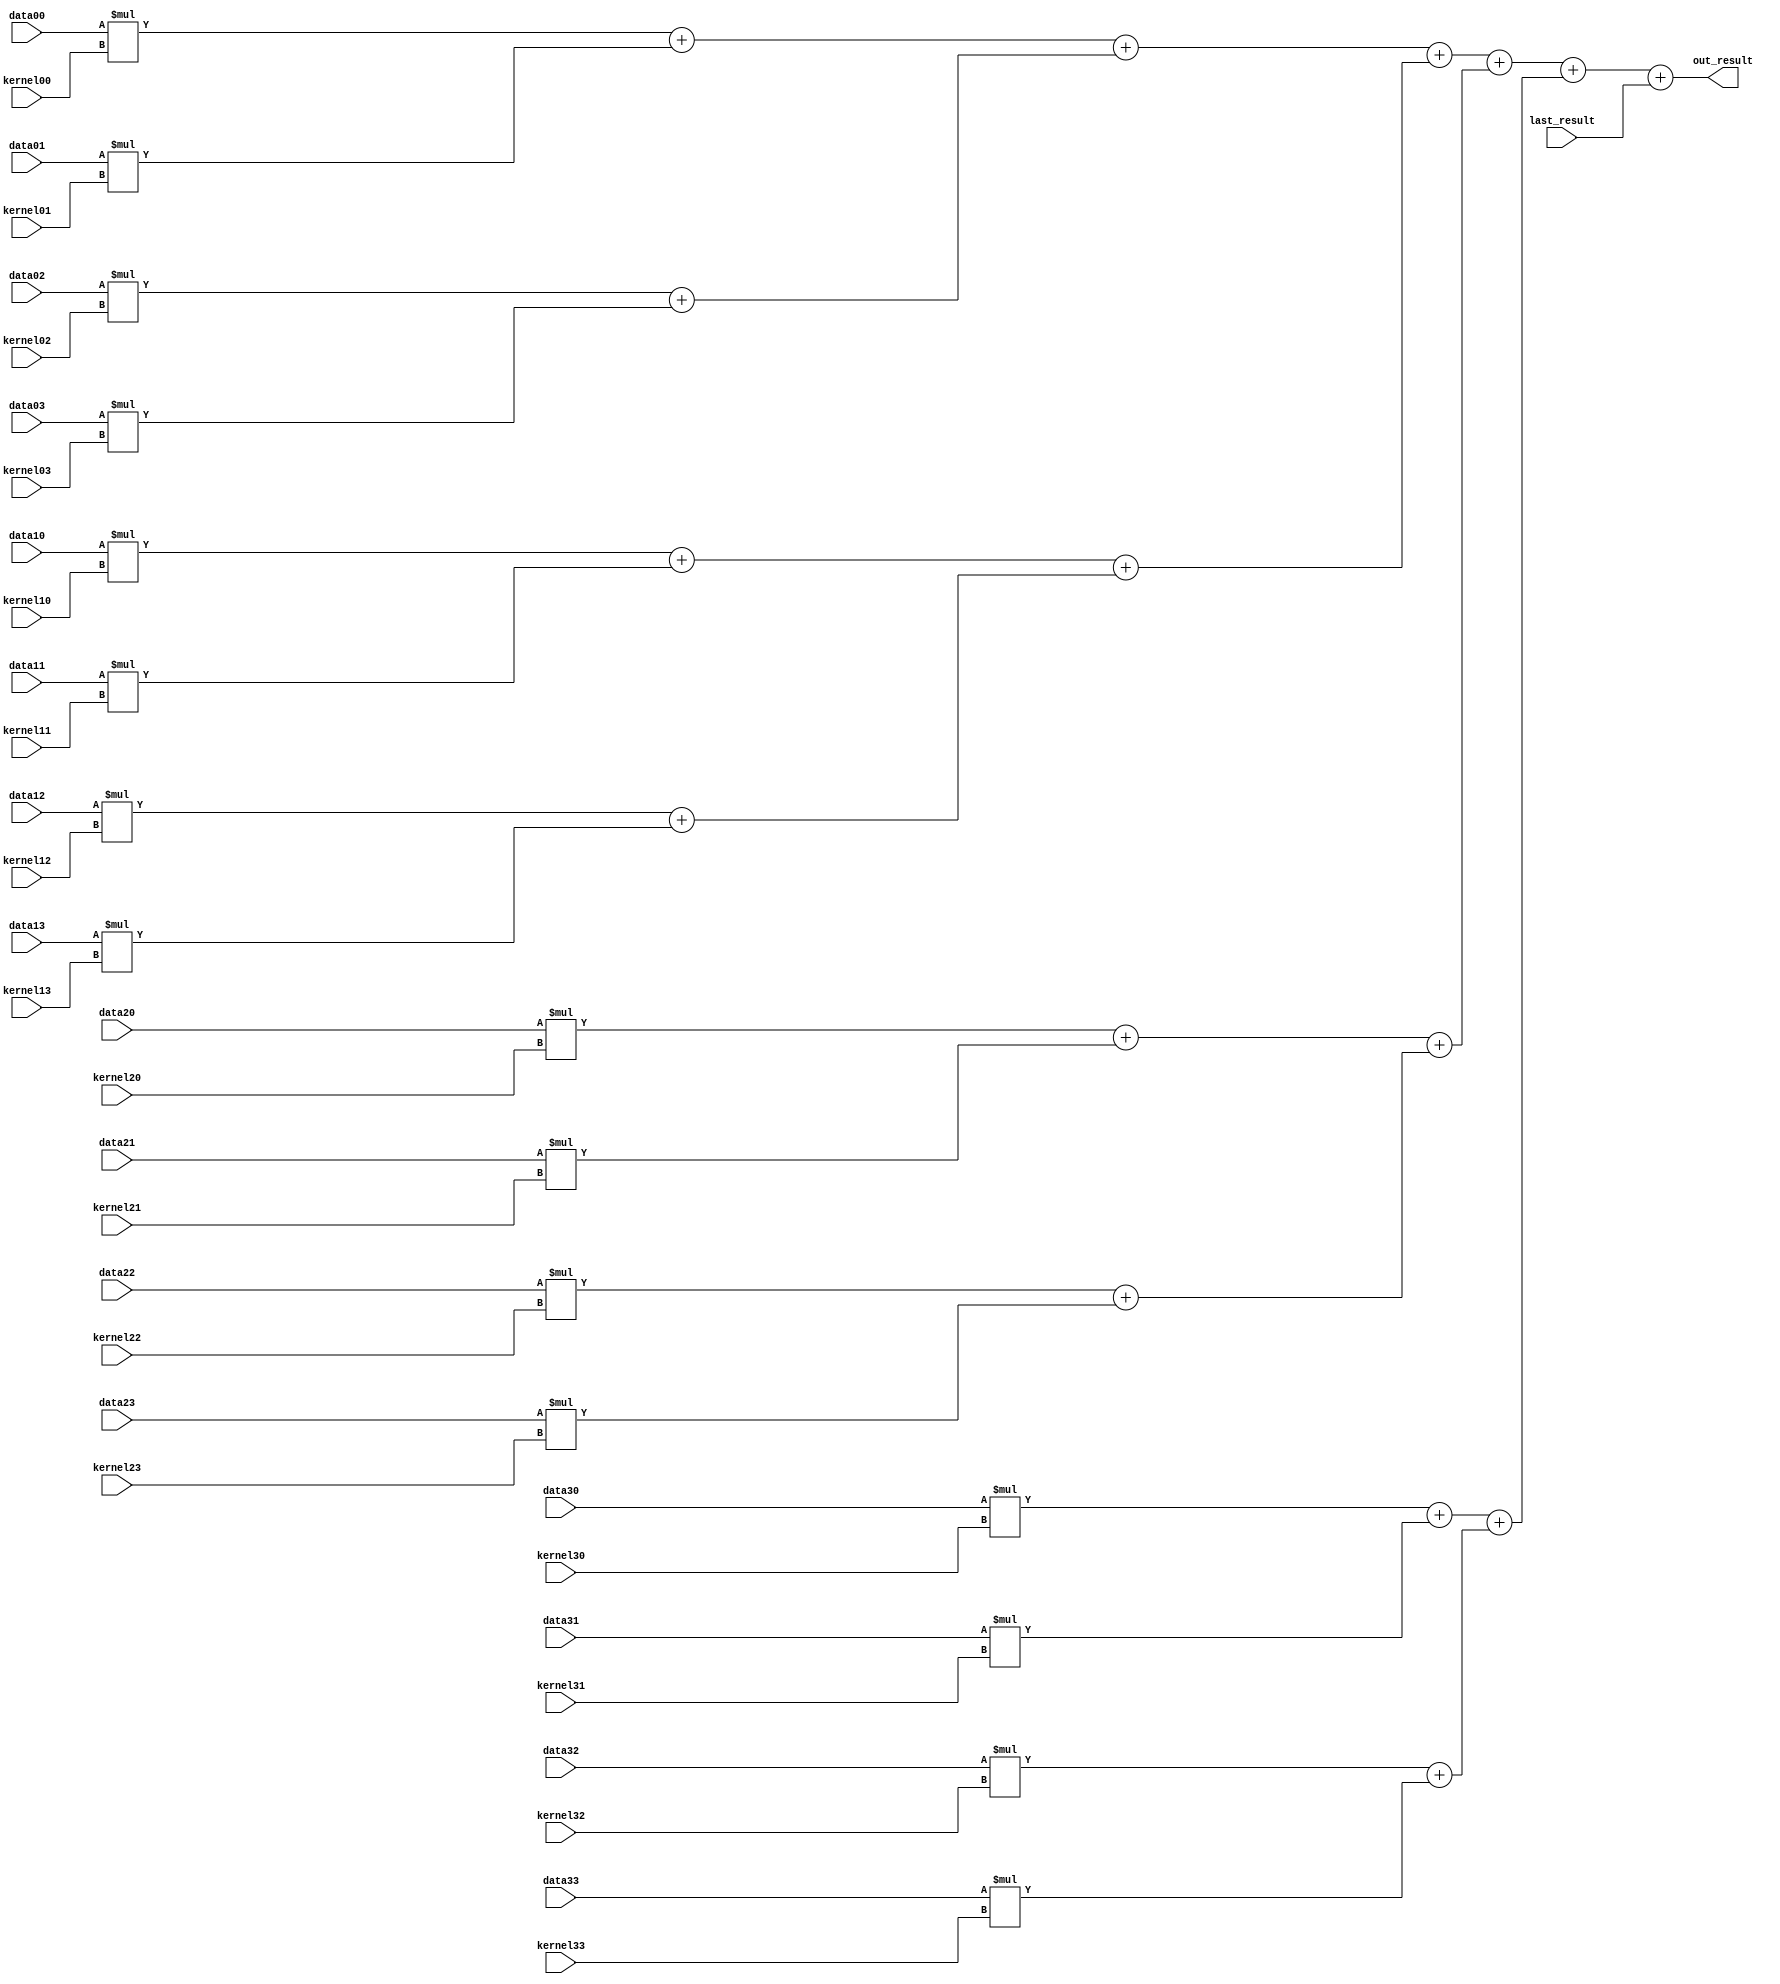
`timescale 1ns / 1ps
//////////////////////////////////////////////////////////////////////////////////
// Company: 
// Engineer: 
// 
// Design Name: 
// Module Name: convMod
// Project Name: 
// Target Devices: 
// Tool Versions: 
// Description: 
// 
// Dependencies: 
// 
// Revision:
// Revision 0.01 - File Created
// Additional Comments:
// 
//////////////////////////////////////////////////////////////////////////////////

//muxCtl=1
module convModV3( 
			last_result,
			data00, data01, data02, data03, 
			data10, data11, data12, data13, 
			data20, data21, data22, data23, 
			data30, data31, data32, data33,

			kernel00, kernel01, kernel02, kernel03, 
			kernel10, kernel11, kernel12, kernel13, 
			kernel20, kernel21, kernel22, kernel23, 
			kernel30, kernel31, kernel32, kernel33,
			
			out_result
    );
	
	parameter lenOfInput=8;    //the number of input-data bits 
    parameter lenOfOutput=25;  //the number of output-data bits
	
	input signed [lenOfOutput-1:0] last_result;
	
	input signed [lenOfInput-1:0] data00, data01, data02, data03, 
			data10, data11, data12, data13, 
			data20, data21, data22, data23, 
			data30, data31, data32, data33;
			
	input signed [lenOfInput-1:0] kernel00, kernel01, kernel02, kernel03, 
			kernel10, kernel11, kernel12, kernel13, 
			kernel20, kernel21, kernel22, kernel23, 
			kernel30, kernel31, kernel32, kernel33;
	
	output signed [lenOfOutput-1:0] out_result;
	
	wire signed [lenOfOutput-1:0] tag00, tag01, tag10, tag11, tag20, tag21, tag30, tag31, row0, row1, row2, row3;
	reg signed [lenOfOutput-1:0] result;
	// Considering HDL not suggests deep logic, we use 2 level add operation as the simple logic and for speeding up.
	assign tag00=data00*kernel00+data01*kernel01;
	assign tag01=data02*kernel02+data03*kernel03;
	assign row0=tag00+tag01;
	
	assign tag10=data10*kernel10+data11*kernel11;
	assign tag11=data12*kernel12+data13*kernel13;
	assign row1=tag10+tag11;
	
	assign tag20=data20*kernel20+data21*kernel21;
	assign tag21=data22*kernel22+data23*kernel23;
	assign row2=tag20+tag21;
	
	assign tag30=data30*kernel30+data31*kernel31;
	assign tag31=data32*kernel32+data33*kernel33;
	assign row3=tag30+tag31;

	assign out_result=row0+row1+row2+row3+last_result;
endmodule